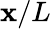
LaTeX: \mathbf{x}/L